Vaccine operations Central Provinces 1868-1885 - 1868-1885
Year: 1868
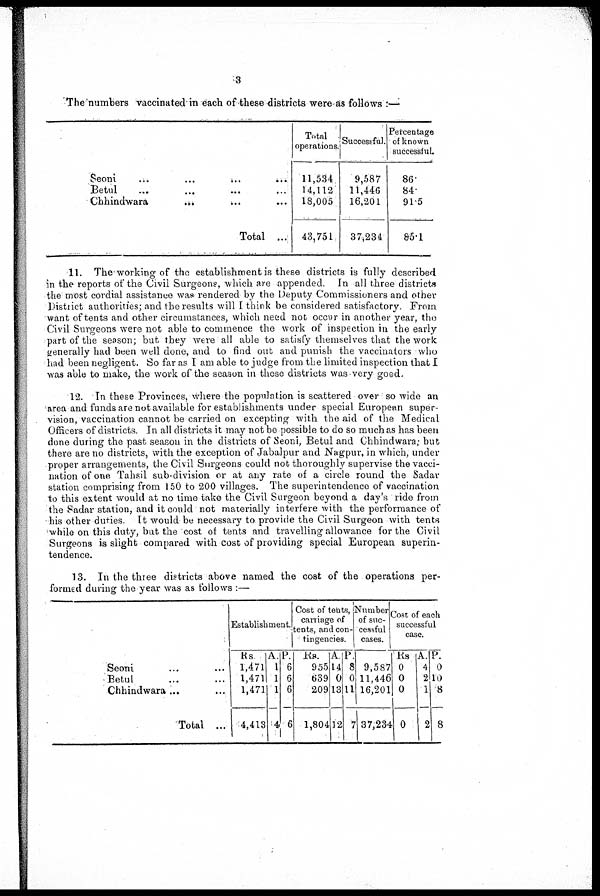
3
The numbers vaccinated in each of these districts were as follows:—
Seoni
...
...
...
...
Betul ... ... ... ...
Chhindwara ... ... ...
Total ...
Total
operations.
11,534
14,112
18,005
43,751
Successful.
9,587
11,446
16,201
37,234
Percentage
of known
successful.
86.
84.
91.5
85.1
11. The working of the establishment is these districts is fully described
in the reports of the Civil Surgeons, which are appended. In all three districts
the most cordial assistance was rendered by the Deputy Commissioners and other
District authorities; and the results will I think be considered satisfactory. From
want of tents and other circumstances, which need not occur in another year, the
Civil Surgeons were not able to commence the work of inspection in the early
part of the season; but they were all able to satisfy themselves that the work
generally had been well done, and to find out and punish the vaccinators who
had been negligent. So far as I am able to judge from the limited inspection that I
was able to make, the work of the season in these districts was very good.
12. In these Provinces, where the population is scattered over so wide an
area and funds are not available for establishments under special European super-
vision, vaccination cannot be carried on excepting with the aid of the Medical
Officers of districts. In all districts it may not be possible to do so much as has been
done during the past season in the districts of Seoni, Betul and Chhindwara; but
there are no districts, with the exception of Jabalpur and Nagpur, in which, under
proper arrangements, the Civil Surgeons could not thoroughly supervise the vacci-
nation of one Tahsil sub-division or at any rate of a circle round the Sadar
station comprising from 150 to 200 villages. The superintendence of vaccination
to this extent would at no time take the Civil Surgeon beyond a day's ride from
the Sadar station, and it could not materially interfere with the performance of
his other duties. It would be necessary to provide the Civil Surgeon with tents
while on this duty, but the cost of tents and travelling allowance for the Civil
Surgeons is slight compared with cost of providing special European superin-
tendence.
13. In the three districts above named the cost of the operations per-
formed during the year was as follows :—
Seoni ... ...
Betul ... ...
Chhindwara ...
Total ...
Establishment.
Rs
1,471
1,471
1,471
4,413
A.
1
1
1
4
P.
6
6
6
6
Cost of tents,
carriage of
tents, and con-
tingencies.
Rs.
955
639
209
1,804
A
14
0
13
12
P
8
0
11
7
Number
of suc-
cessful
cases.
9,587
11,446
16,201
37,234
Cost of each
successful
case.
Rs
0
0
0
0
A.
4
2
1
2
P.
0
10
8
8